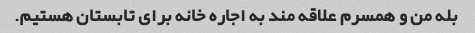
بله من و همسرم علاقه مند به اجاره خانه برای تابستان هستیم.